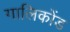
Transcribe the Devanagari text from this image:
गालिकोंड